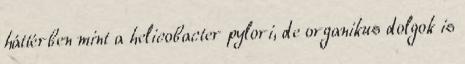
háttérben mint a helicobacter pylori, de organikus dolgok is